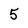
Character: 5